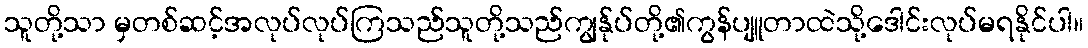
သူတို့သာ မှတစ်ဆင့်အလုပ်လုပ်ကြသည်သူတို့သည်ကျွန်ုပ်တို့၏ကွန်ပျူတာထဲသို့ဒေါင်းလုပ်မရနိုင်ပါ။